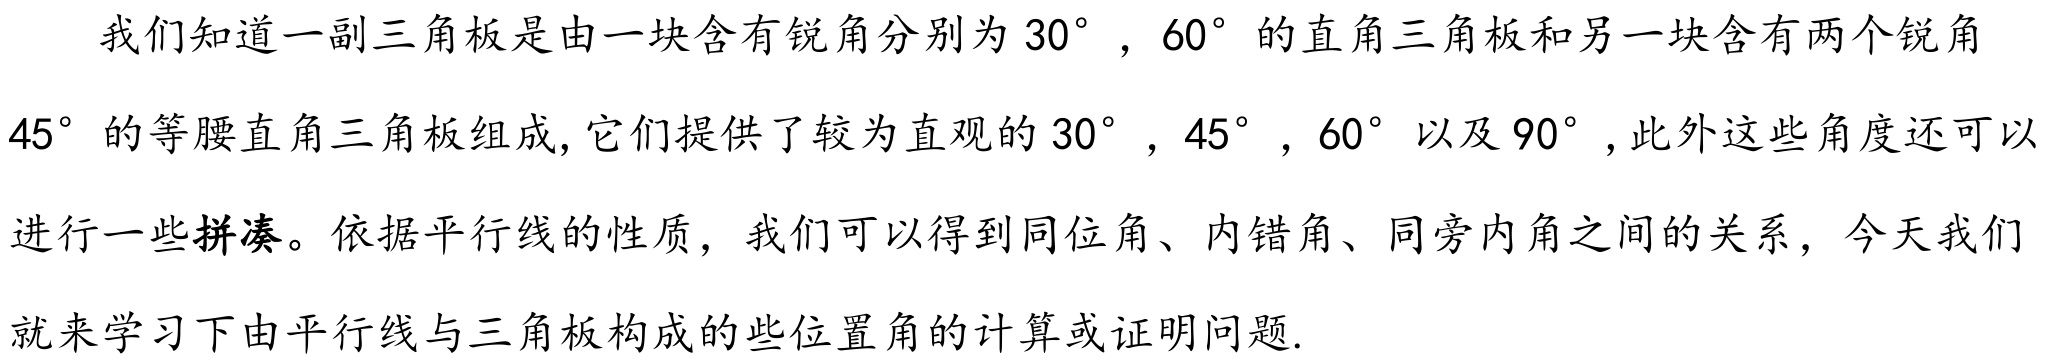
我们知道一副三角板是由一块含有锐角分别为$30^{\circ}$，$60^{\circ}$的直角三角板和另一块含有两个锐角$45^{\circ}$的等腰直角三角板组成,它们提供了较为直观的$30^{\circ}$，$45^{\circ}$，$60^{\circ}$以及$90^{\circ}$,此外这些角度还可以进行一些拼凑。依据平行线的性质，我们可以得到同位角、内错角、同旁内角之间的关系，今天我们就来学习下由平行线与三角板构成的些位置角的计算或证明问题.